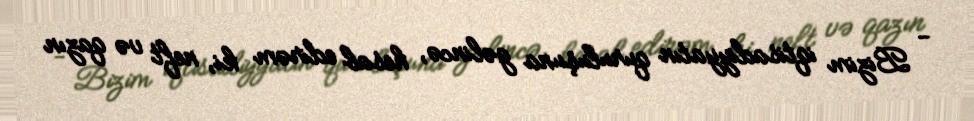
- Bizim iqtisadiyyatın quruluşuna gəlincə, hesab edirəm ki, neft və qazın